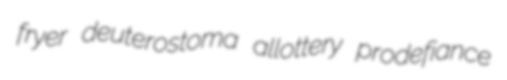
fryer deuterostoma allottery prodefiance